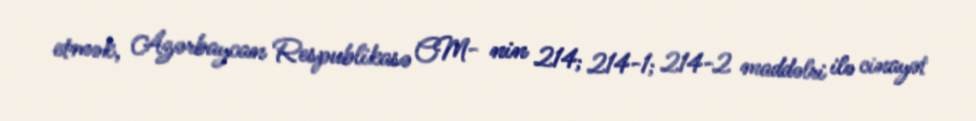
etmək, Azərbaycan Respublikasə CM- nin 214; 214-1; 214-2 maddəlri ilə cinayət